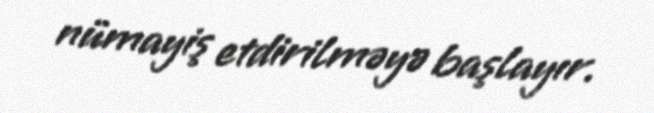
nümayiş etdirilməyə başlayır.